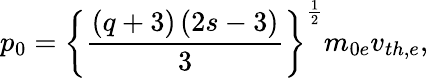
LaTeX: p_{0}=\left\{ \frac{\left(q+3\right)\left(2s-3\right)}{3}\right\} ^{\frac{1}{2}}m_{0e}v_{th,e},